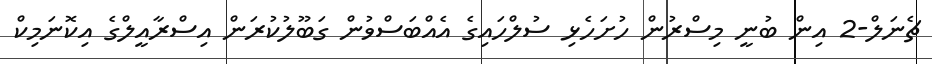
ޗެނަލް-2 އިން ބުނީ މިސްރުން ހުށަހެޅި ސުލްހައިގެ އެއްބަސްވުން ގަބޫލުކުރަން އިސްރާއީލްގެ އިކޮނަމިކް